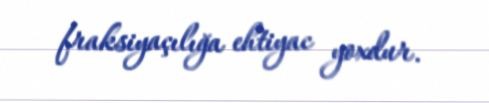
fraksiyaçılığa ehtiyac yoxdur.